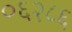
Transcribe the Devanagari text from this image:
०६२८६